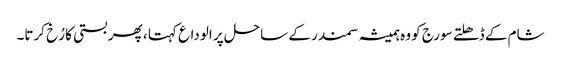
شام کے ڈھلتے سورج کو وہ ہمیشہ سمندر کے ساحل پر الوداع کہتا ، پھر بستی کا رُخ کرتا۔